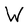
Character: W